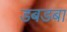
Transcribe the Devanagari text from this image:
डबडबा